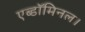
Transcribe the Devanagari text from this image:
एब्डॉमिनल।